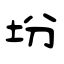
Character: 坋